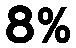
8%